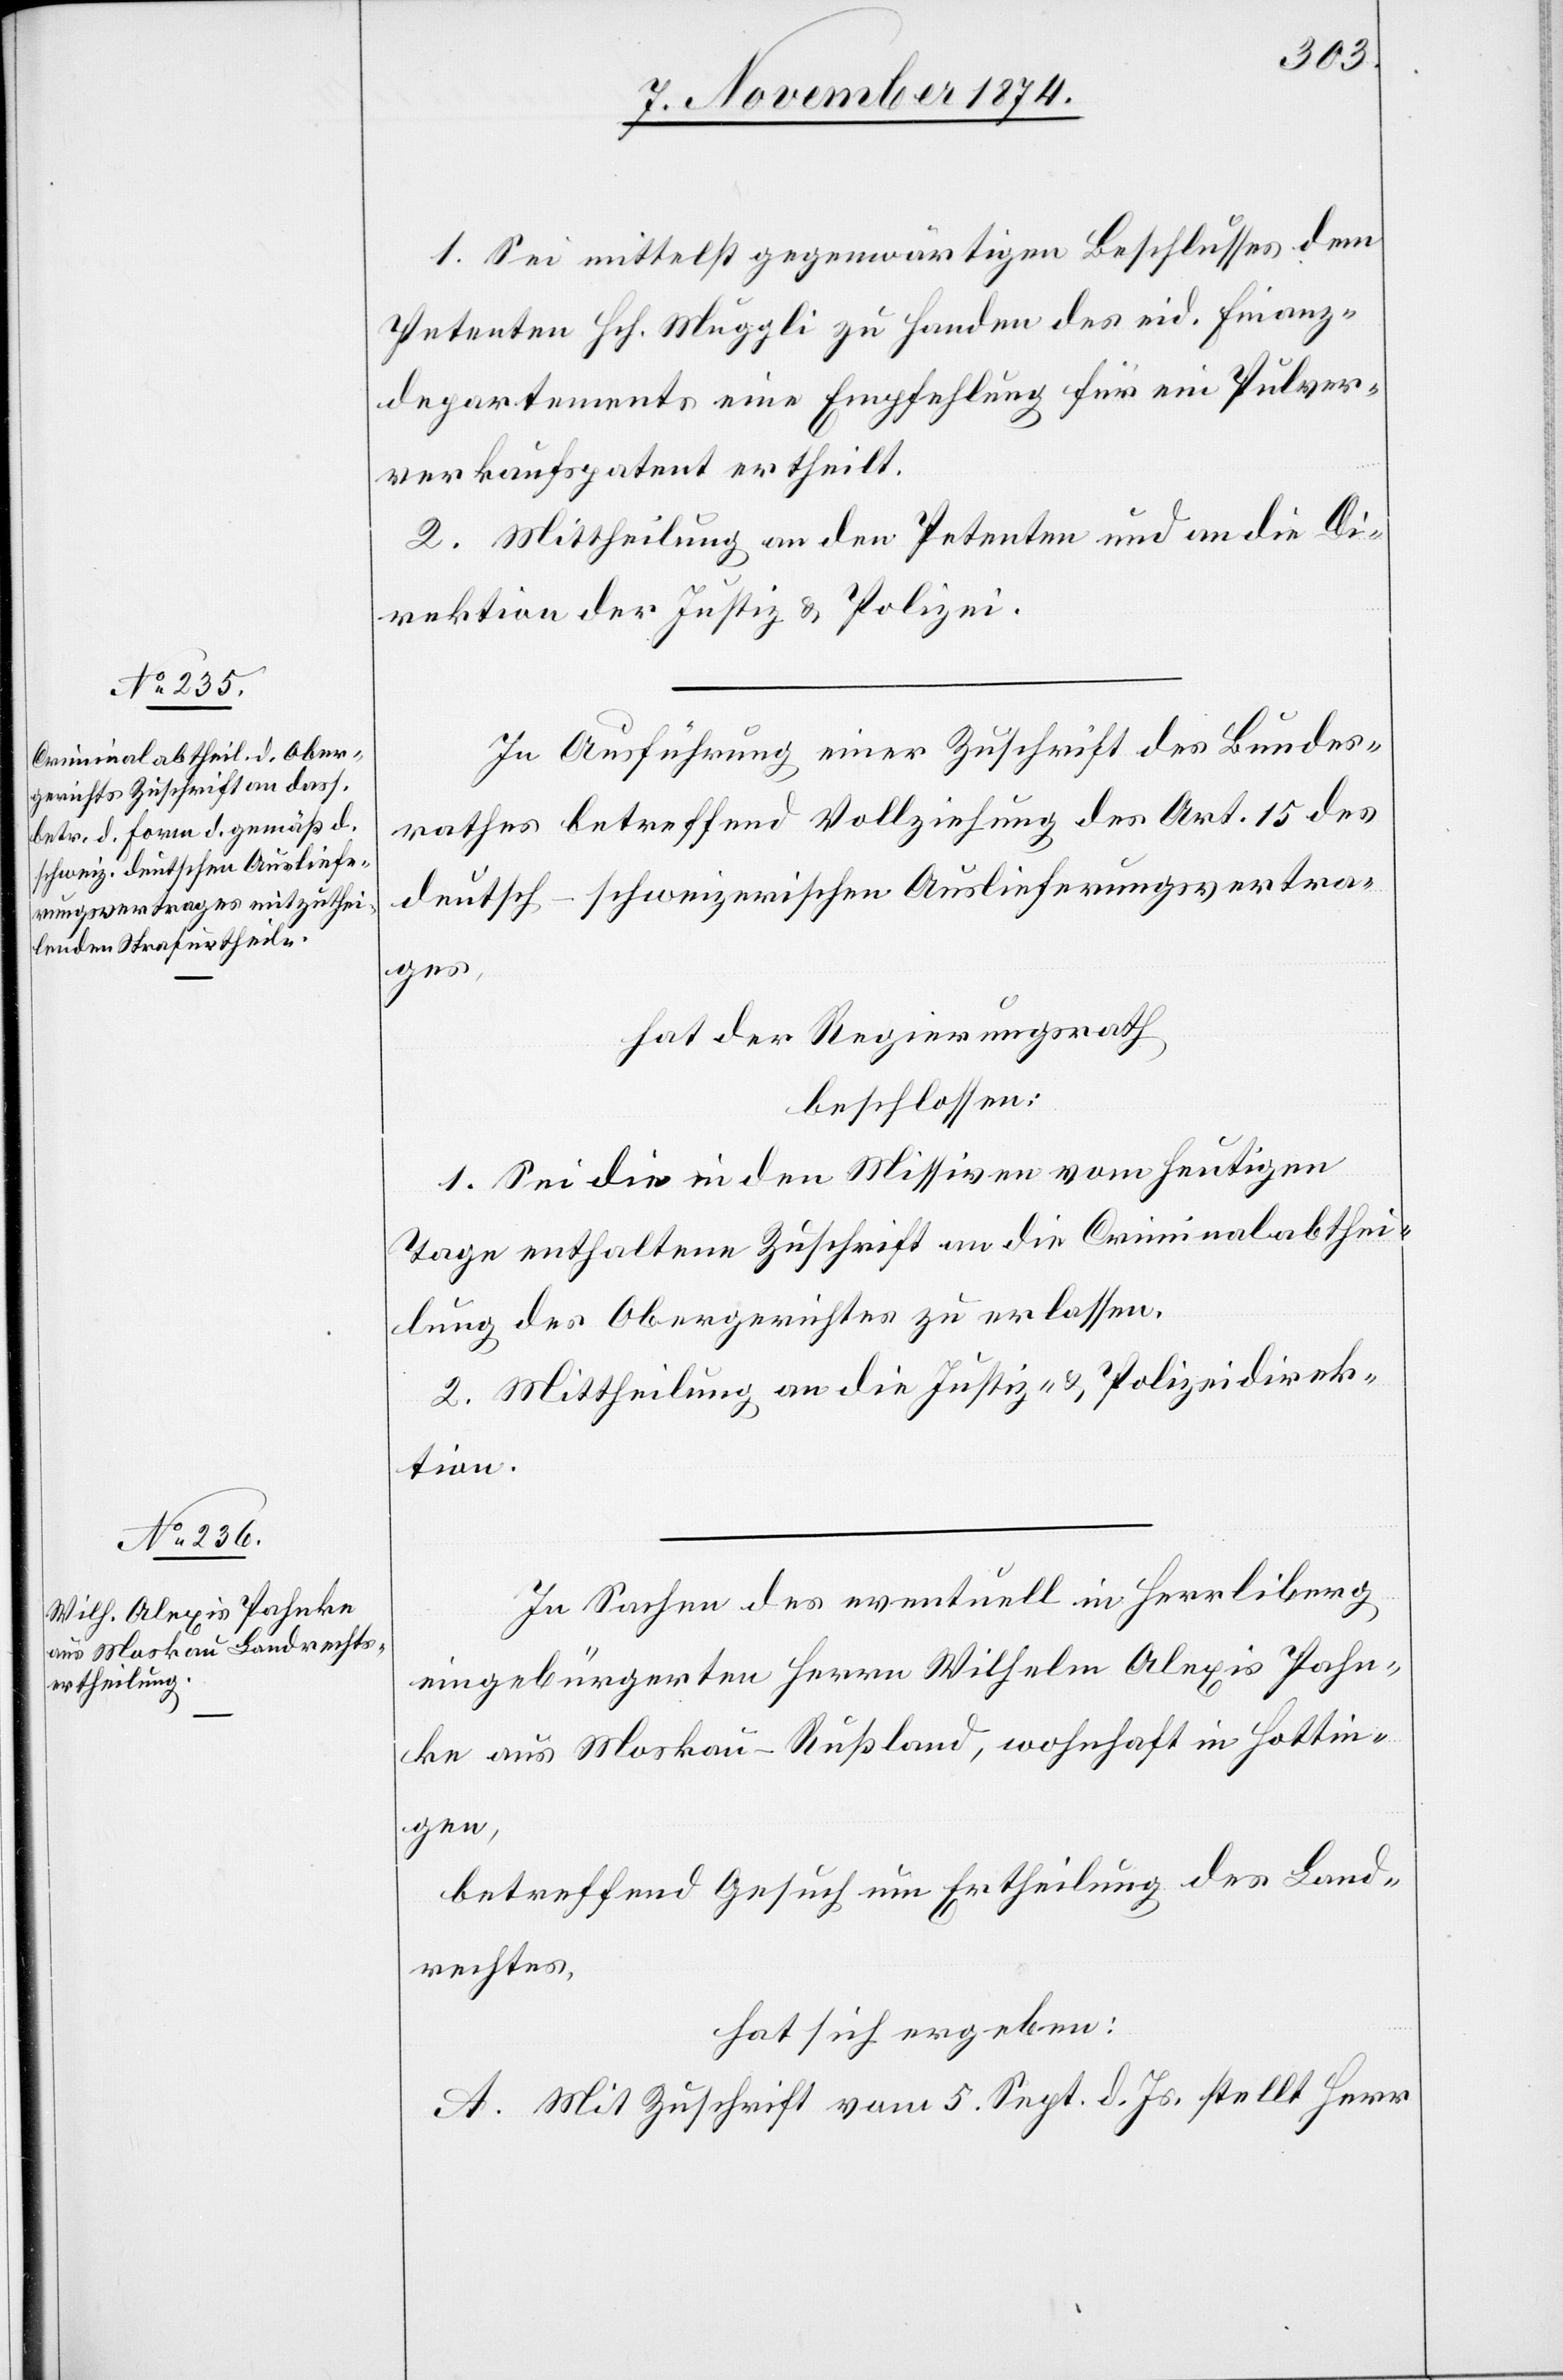
1. Sei mittelst gegenwärtigen Beschlusses dem
Petenten Hch. Muggli zu Handen des eid. Finanz¬
departements eine Empfehlung für ein Pulver¬
verkaufspatent ertheilt.
2. Mittheilung an den Petenten und an die Di¬
rektion der Justiz & Polizei.
In Ausführung einer Zuschrift des Bundes¬
rathes betreffend Vollziehung des Art. 15 des
deutsch-schweizerischen Auslieferungsvertra¬
ges,
hat der Regierungsrath
beschlossen:
1. Sei die in den Missiven vom heutigen
Tage enthaltene Zuschrift an die Criminalabthei¬
lung des Obergerichtes zu erlassen.
2. Mittheilung an die Justiz- & Polizeidirek¬
tion.
In Sachen des eventuell in Herrliberg
eingebürgerten Herrn Wilhelm Alexis Pahn¬
ke aus Moskau - Rußland, wohnhaft in Hottin¬
gen,
betreffend Gesuch um Ertheilung des Land¬
rechtes,
hat sich ergeben:
A. Mit Zuschrift vom 5. Sept. d. Js. stellt Herr